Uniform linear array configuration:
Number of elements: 24
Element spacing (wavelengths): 0.5
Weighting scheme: cosine
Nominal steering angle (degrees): -30
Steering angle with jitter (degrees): -31.705
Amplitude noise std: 0.05
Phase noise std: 0.05

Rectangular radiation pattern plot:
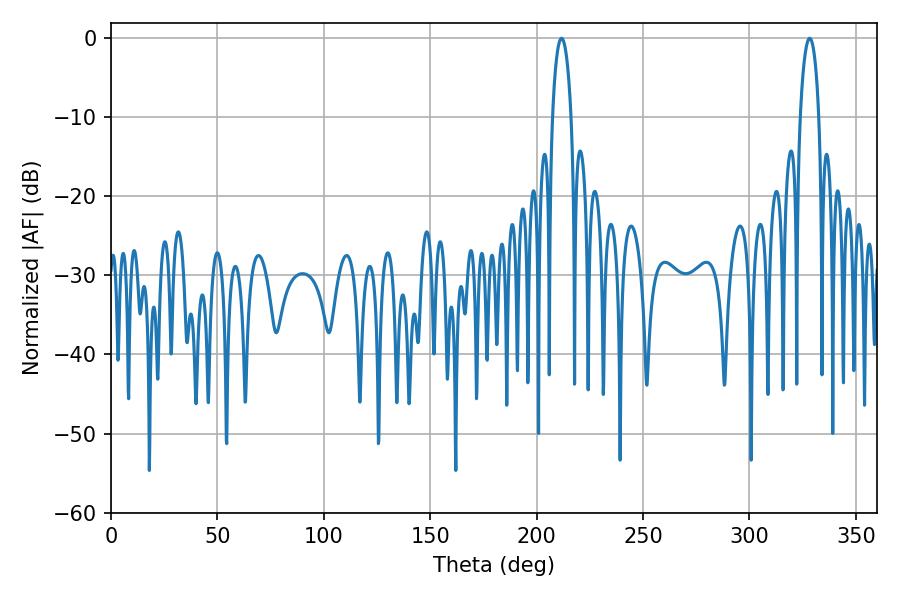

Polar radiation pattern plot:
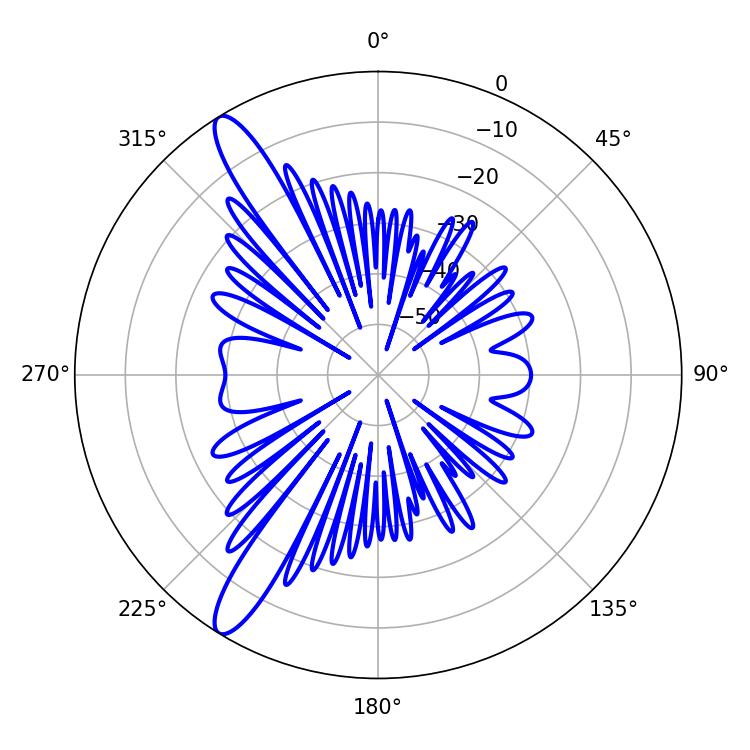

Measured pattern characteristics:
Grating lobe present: FALSE
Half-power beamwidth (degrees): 5.04
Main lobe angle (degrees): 211.68